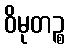
ဝိမုတဉ္စ